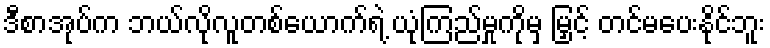
ဒီစာအုပ်က ဘယ်လိုလူတစ်ယောက်ရဲ့ ယုံကြည်မှုကိုမှ မြှင့် တင်မပေးနိုင်ဘူး